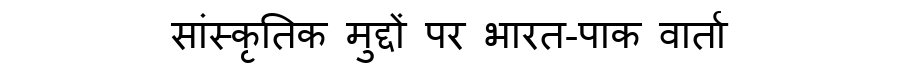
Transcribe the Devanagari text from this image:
सांस्कृतिक मुद्दों पर भारत-पाक वार्ता